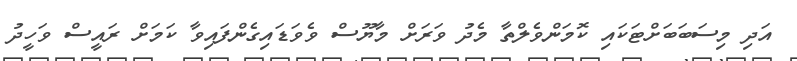
އަދި މިސަބަބަށްޓަކައި ކޮމަންވެލްތާ މެދު ވަރަށް މާޔޫސް ވެވަޑައިގެންފައިވާ ކަމަށް ރައީސް ވަހީދު